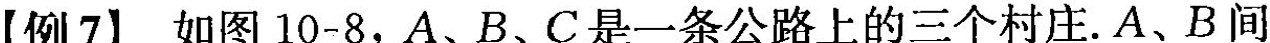
【例7】如图10-8，A、B、C是一条公路上的三个村庄.A、B间